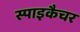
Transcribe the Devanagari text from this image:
स्पाइकैचर